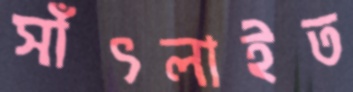
সাঁৎলাইত